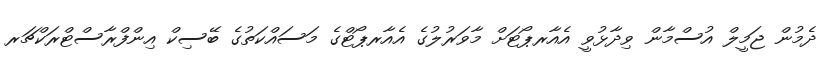
ދެމުން ޖަމީލް އުސްމާން ވިދާޅުވީ އެއާރޕޯޓަށް މާވަރުލުގެ އެއާރޕޯޓްގެ މަސައްކަތުގެ ބޭސިކް އިންފްރާސްޓްރަކްޗަރ